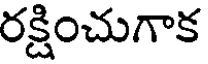
రక్షించుగాక